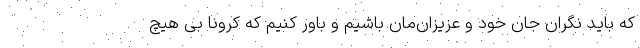
که باید نگران جان خود و عزیزان‌مان باشیم و باور کنیم که کرونا بی هیچ